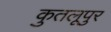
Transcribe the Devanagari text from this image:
कुतलूपुर